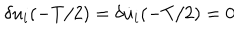
LaTeX: \delta u _ { i } ( - T / 2 ) = \delta \dot { u } _ { i } ( - T / 2 ) = 0